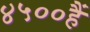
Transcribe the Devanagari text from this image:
४५००हैं